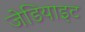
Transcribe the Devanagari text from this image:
जेडियाइट